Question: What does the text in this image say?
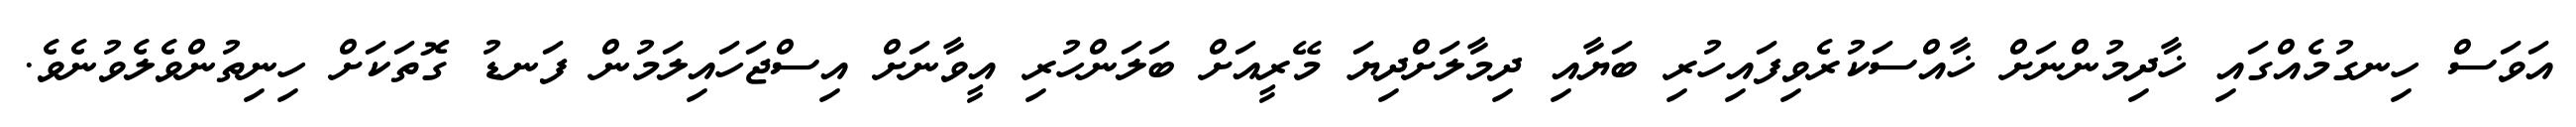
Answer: އަވަސް ހިނގުމެއްގައި ޚާދިމުންނަށް ޚާއްސަކުރެވިފައިހުރި ބަޔާއި ދިމާލަށްދިޔަ މޭރީއަށް ބަލަންހުރި އީވާނަށް އިސްޖަހައިލަމުން ފަނޑު ގޮތަކަށް ހިނިތުންވެލެވުނެވެ.